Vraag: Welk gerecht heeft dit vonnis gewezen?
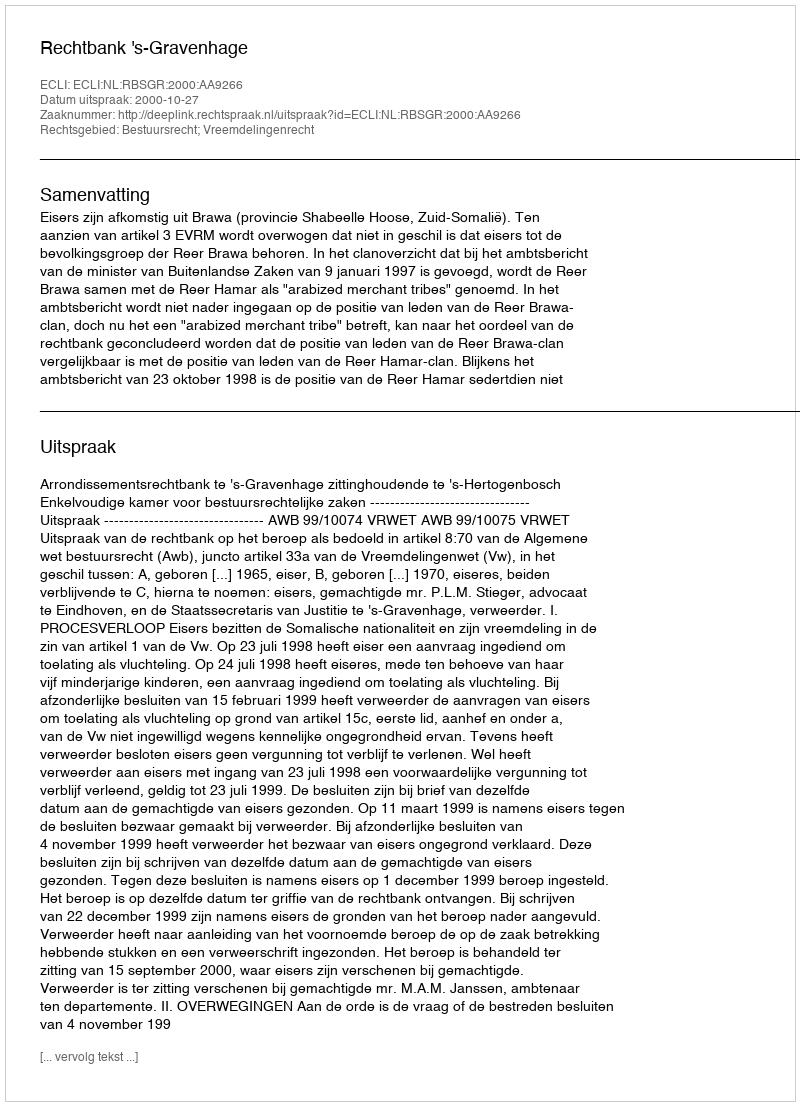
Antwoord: Rechtbank 's-Gravenhage